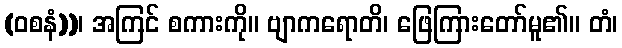
(ဝစနံ))၊ အကြင် စကားကို။ ဗျာကရောတိ၊ ဖြေကြားတော်မူ၏။ တံ၊